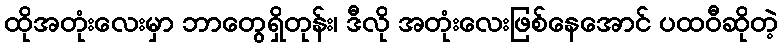
ထိုအတုံးလေးမှာ ဘာတွေရှိတုန်း၊ ဒီလို အတုံးလေးဖြစ်နေအောင် ပထဝီဆိုတဲ့